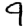
Digit: 9